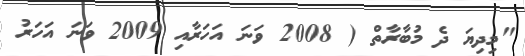
"މިދިޔަ ދެ މުބާރާތް ( 2008 ވަނަ އަހަރާއި 2009 ވަނަ އަހަރު